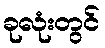
ခုလုံးတွင်